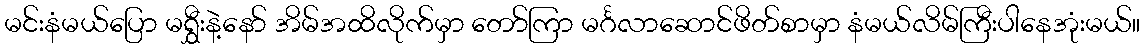
မင်းနံမယ်ပြော မရွှီးနဲ့နော် အိမ်အထိလိုက်မှာ တော်ကြာ မင်္ဂလာဆောင်ဖိတ်စာမှာ နံမယ်လိမ်ကြီးပါနေအုံးမယ်။